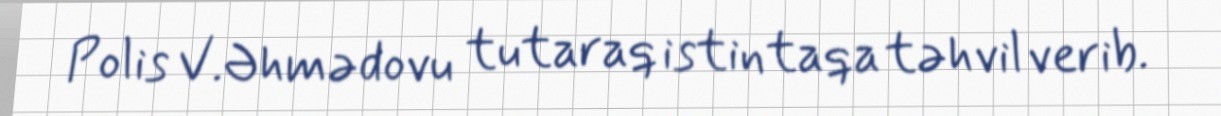
Polis V.Əhmədovu tutaraq istintaqa təhvil verib.